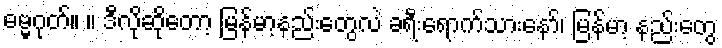
ဓမ္မဂုတ်။ ။ ဒီလိုဆိုတော့ မြန်မာ့နည်းတွေလဲ ခရီးရောက်သားနော်၊ မြန်မာ့ နည်းတွေ